Medical and sanitary report of the native army of Madras for the year
Year: 1872
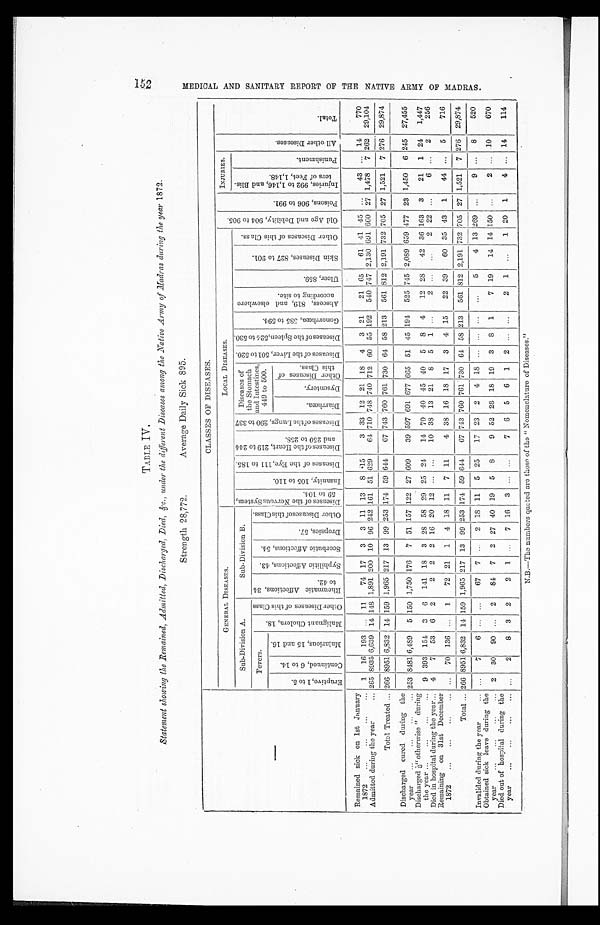
TABLE IV.
Statement showing the Remained, Admitted, Discharged, Died, &c., under the different Diseases among the Native Army of Madras during the year 1872.
Strength 28,772.
Average Daily Sick 895.
—
CLASSES OF DISEASES.
GENERAL DISEASES.
LOCAL DISEASES.
O l d A g e a n d D e b i l i t y , 9 0 4 t o 9 0 5 .
P o i s o n s , 9 0 6 t o 9 9 1 .
INJURIES.
A l l o t h e r D i s e a s e s .
Tot al .
Sub-Division A.
Sub-Division B.
D i s e a s e s o f t h e N e r v o u s S y s t e m , 5 9 t o 1 0 4 .
I n s a n i t y , 1 0 5 t o 1 1 0 .
D i s e a s e s o f t h e E y e , 1 1 1 t o 1 8 5 . D i s e a s e s o f t h e H e a r t , 2 1 9 t o 2 4 4 a n d 2 5 0 t o 2 5 8 .
D i s e a s e s o f t h e L u n g s , 2 9 0 t o 3 3 7 . Diseases of
the Stomach
and Intestines,
449 to 500.
D i s e a s e s o f t h e L i v e r , 5 0 1 t o 5 2 0 . D i s e a s e s o f t h e S p l e e n , 5 2 4 t o 5 3 0 .
G o n o r r h œ a , 5 8 5 t o 5 9 4 .
A b s c e s s , 8 1 9 , a n d e l s e w h e r e a c c o r d i n g t o s i t e .
Ul c e r , 859.
S k i n D i s e a s e s , 8 2 7 t o 9 0 1 .
O t h e r D i s e a s e s o f t h i s C l a s s .
I n j u r i e s , 9 9 2 t o 1 , 1 4 6 , a n d B l i s - t e r s o f F e e t , 1 , 1 4 8 .
P u n i s h me n t .
Fevers.
M a l i g n a n t C h o l e r a , 1 8 .
O t h e r D i s e a s e s o f t h i s C l a s s
R h e u m a t i c A f f e c t i o n s , 3 4 t o 4 2 .
S y p h i l i t i c A f f e c t i o n s , 4 3 .
S c o r b u t i c A f f e c t i o n s , 5 4 .
D r o p s i c s , 5 7 .
O t h e r D i s e a s e s o f t h i s C l a s s .
E r u p t i v e , 1 t o 5 .
C o n t i n u e d , 6 t o 1 4 .
M a l a r i o u s , 1 5 a n d 1 6 .
Di a r r h œa .
D y s e n t e r y .
O t h e r D i s e a s e s o f t h i s C l a s s .
Remained sick on 1st January
1872
...
..
1 16 193 ... 11
74 17 3 3 11 13 8 15
3 33 12 21 18 4 3 21
21 65
61 41 45 ...
43 ... 14
770
Admitted during the year
... 265 8935 6,639 14 148 1,891 200 10 96 242 161 51 629
64 710 748 740 712 60 55 192 540 747 2,130 691660 27 1,478 7 262 29,104
Total Treated ... 266 8951 6,832 14 159 1,965 217 13 99 253 174 59 644
67 743 760 761 730 64 58 213 561 812 2,191 732 705 27 1,521 7 276 29,874
Discharged cured during the
year
...
...
...
... 253 8481 6,489 5 150 1,750 176 7 51 157 122 27 609
39 597 691 677 665 51 45 194 525 745 2,089 659
477
23 1,450 6 245 27,455
Discharged "otherwise" during
the year ...
...
...
... 9 393 154 3 6 141 18 3 28 58 29 25 24
14 70 40 45 40 5 8 4
12 28
42 36 163 3
21 1 24
1,447
Died in hospital during the year... 4
7 53 6 2
2 2 2 16 20 12 ... ...
10 38 13 21 8 5 1 ...
2 ... ...
2 22 ...
6 ... 2
256
Remaining on 31st December
1872
...
...
...
... ... 70 136 ...
1
72 21 1 4 18 11 7 11
4 38 16 18 17 3 4 15
22 39
60 35 43 1
44 ... 5
716
Total ... 266 8951 6,832 14 159 1,965 217 13 99 253 174 59 644
67 743 760 761 730 64 58 213 561 812 2,191 732 705 27 1,521 7 276 29,874
Invalided during the year
7
6 ...
67 7
2 18 11 5 25
17 23 2 4 18 ... ... ...
...
5
4 13 269 ...
9 ...
8
520
Obtained sick leave during the
year
...
...
...
... 2 30 90 ... 2
84 7 2 27 40 19 5 8
9 52 28 18 19 3 8 1
7 19
14 14 150 ...
2 .. 10
670
Died out of hospital during the
year
...
...
...
... ...
2
8 3 2
2 1 ...
7 16 3 ... ...
7 6 5 6 1 2 ... ...
2 1
1 20 1
4 ... 14
114
N.B.—The numbers quoted are those of the "Nomenclature of Diseases."